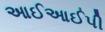
આઈઆઈપી